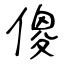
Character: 傻